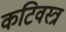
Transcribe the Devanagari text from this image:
कटिवस्त्र